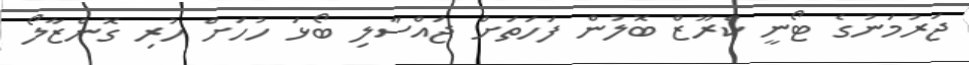
ޖަރުމަނުގެ ޓޯނީ ކްރޫޒް ބޮލުން ފަހަތަށް ޖައްސާލި ބޯޅަ ހުހަށް ހުރި ގޮންޒާލޯ